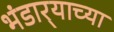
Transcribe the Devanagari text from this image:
भंडार्‍याच्या